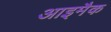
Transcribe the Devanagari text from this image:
आइमैक